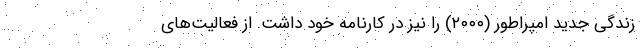
زندگی جدید امپراطور (۲۰۰۰) را نیز در کارنامه خود داشت. از فعالیت‌های